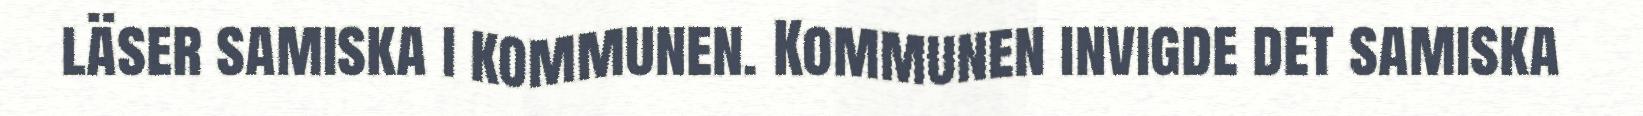
läser samiska i kommunen. Kommunen invigde det samiska